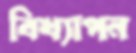
বিখ্যাপন